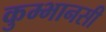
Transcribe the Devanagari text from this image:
कुम्भानसी